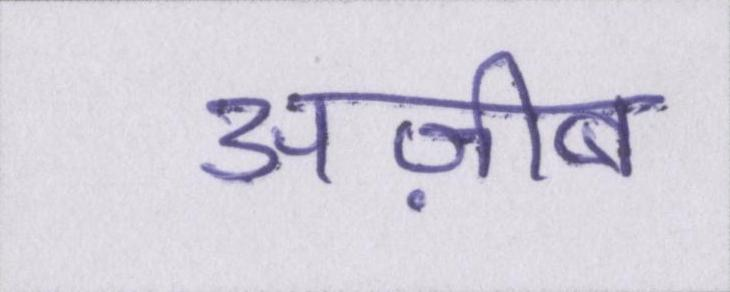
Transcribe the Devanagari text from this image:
अज़ीब